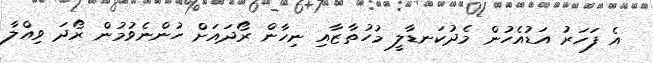
އެ ފަހަރު އަޑުއެހުން މެދުކަނޑާލީ މުހުތާޒާއި ނިހާން ރޯދައަށް ހުންނެވުމުން ރޯދަ ވިއްލާ